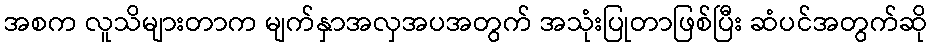
အစက လူသိများတာက မျက်နှာအလှအပအတွက် အသုံးပြုတာဖြစ်ပြီး ဆံပင်အတွက်ဆို